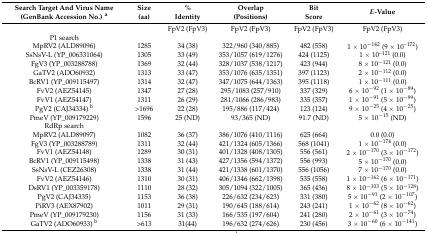
<table><thead><tr><td><b>Search Target And Virus Name (GenBank Accession No.) <sup>a</sup></b></td><td><b>Size (aa)</b></td><td><b>% Identity</b></td><td><b>Overlap (Positions)</b></td><td><b>Bit Score</b></td><td><b><i>E-</i>Value</b></td></tr></thead><tbody><tr><td></td><td></td><td>FpV2 (FpV3)</td><td>FpV2 (FpV3)</td><td>FpV2 (FpV3)</td><td>FpV2 (FpV3)</td></tr><tr><td>P1 search</td><td></td><td></td><td></td><td></td><td></td></tr><tr><td>MpRV2 (ALD89096)</td><td>1285</td><td>34 (38)</td><td>322/960 (340/885)</td><td>482 (558)</td><td>1 × 10<sup>−142</sup> (9 × 10<sup>–</sup><sup>172</sup>)</td></tr><tr><td>SsNsV-L (YP_006331064)</td><td>1305</td><td>33 (49)</td><td>353/1057 (619/1276)</td><td>424 (1125)</td><td>1 × 10<sup>–</sup><sup>121</sup> (0.0)</td></tr><tr><td>FgV3 (YP_003288788)</td><td>1369</td><td>32 (44)</td><td>328/1037 (538/1217)</td><td>423 (944)</td><td>8 × 10<sup>−121</sup> (0.0)</td></tr><tr><td>GaTV2 (ADO60932)</td><td>1313</td><td>33 (47)</td><td>353/1076 (635/1351)</td><td>397 (1123)</td><td>2 × 10<sup>−112</sup> (0.0)</td></tr><tr><td>BcRV1 (YP_009115497)</td><td>1314</td><td>32 (47)</td><td>347/1075 (644/1363)</td><td>395 (1118)</td><td>1 × 10<sup>−111</sup> (0.0)</td></tr><tr><td>FvV2 (AEZ54145)</td><td>1347</td><td>27 (28)</td><td>295/1083 (257/910)</td><td>337 (329)</td><td>6 × 10<sup>−92</sup> (1 × 10<sup>−89</sup>)</td></tr><tr><td>FvV1 (AEZ54147)</td><td>1311</td><td>26 (29)</td><td>281/1066 (286/983)</td><td>335 (357)</td><td>1 × 10<sup>−91</sup> (5 × 10<sup>−99</sup>)</td></tr><tr><td>PgV2 (CAJ34334) <sup>b</sup></td><td>&gt;1696</td><td>22 (28)</td><td>195/886 (117/424)</td><td>123 (124)</td><td>9 × 10<sup>−25</sup> (4 × 10<sup>−25</sup>)</td></tr><tr><td>PmeV (YP_009179229)</td><td>1596</td><td>25 (ND)</td><td>93/365 (ND)</td><td>91.7 (ND)</td><td>5 × 10<sup>−15</sup> (ND)</td></tr><tr><td>RdRp search</td><td></td><td></td><td></td><td></td><td></td></tr><tr><td>MpRV2 (ALD89097)</td><td>1082</td><td>36 (37)</td><td>386/1076 (410/1116)</td><td>625 (664)</td><td>0.0 (0.0)</td></tr><tr><td>FgV3 (YP_003288789)</td><td>1311</td><td>32 (44)</td><td>421/1324 (605/1366)</td><td>568 (1041)</td><td>1 × 10<sup>−174</sup> (0.0)</td></tr><tr><td>FvV1 (AEZ54148)</td><td>1289</td><td>30 (31)</td><td>401/1328 (408/1305)</td><td>556 (561)</td><td>2 × 10<sup>−170</sup> (3 × 10<sup>−172</sup>)</td></tr><tr><td>BcRV1 (YP_009115498)</td><td>1338</td><td>31 (43)</td><td>427/1356 (594/1372)</td><td>556 (993)</td><td>5 × 10<sup>−170</sup> (0.0)</td></tr><tr><td>SsNsV-L (CEZ26308)</td><td>1338</td><td>31 (44)</td><td>421/1338 (601/1370)</td><td>556 (1056)</td><td>7 × 10<sup>−170</sup> (0.0)</td></tr><tr><td>FvV2 (AEZ54146)</td><td>1310</td><td>30 (31)</td><td>406/1346 (662/1398)</td><td>535 (558)</td><td>1 × 10<sup>−162</sup> (6 × 10<sup>−171</sup>)</td></tr><tr><td>DsRV1 (YP_003359178)</td><td>1110</td><td>28 (32)</td><td>305/1094 (322/1005)</td><td>365 (436)</td><td>8 × 10<sup>−103</sup> (5 × 10<sup>−128</sup>)</td></tr><tr><td>PgV2 (CAJ34335)</td><td>1153</td><td>36 (38)</td><td>226/632 (234/623)</td><td>331 (380)</td><td>5 × 10<sup>−91</sup> (2 × 10<sup>−107</sup>)</td></tr><tr><td>PiRV3 (AEX87902)</td><td>1011</td><td>29 (31)</td><td>190/645 (188/614)</td><td>243 (241)</td><td>1 × 10<sup>−62</sup> (8 × 10<sup>−62</sup>)</td></tr><tr><td>PmeV (YP_009179230)</td><td>1156</td><td>31 (33)</td><td>166/535 (197/604)</td><td>241 (280)</td><td>2 × 10<sup>−61</sup> (3 × 10<sup>−74</sup>)</td></tr><tr><td>GaTV2 (ADO60933) <sup>b</sup></td><td>&gt;613</td><td>31(44)</td><td>196/632 (274/626)</td><td>230 (456)</td><td>3 × 10<sup>−60</sup> (6 × 10<sup>−141</sup>)</td></tr></tbody></table>